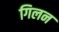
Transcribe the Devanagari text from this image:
गिलन